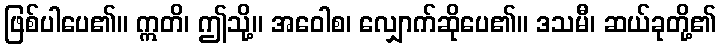
ဖြစ်ပါပေ၏။ ဣတိ၊ ဤသို့။ အဝေါစ၊ လျှောက်ဆိုပေ၏။ ဒသမီ၊ ဆယ်ခုတို့၏